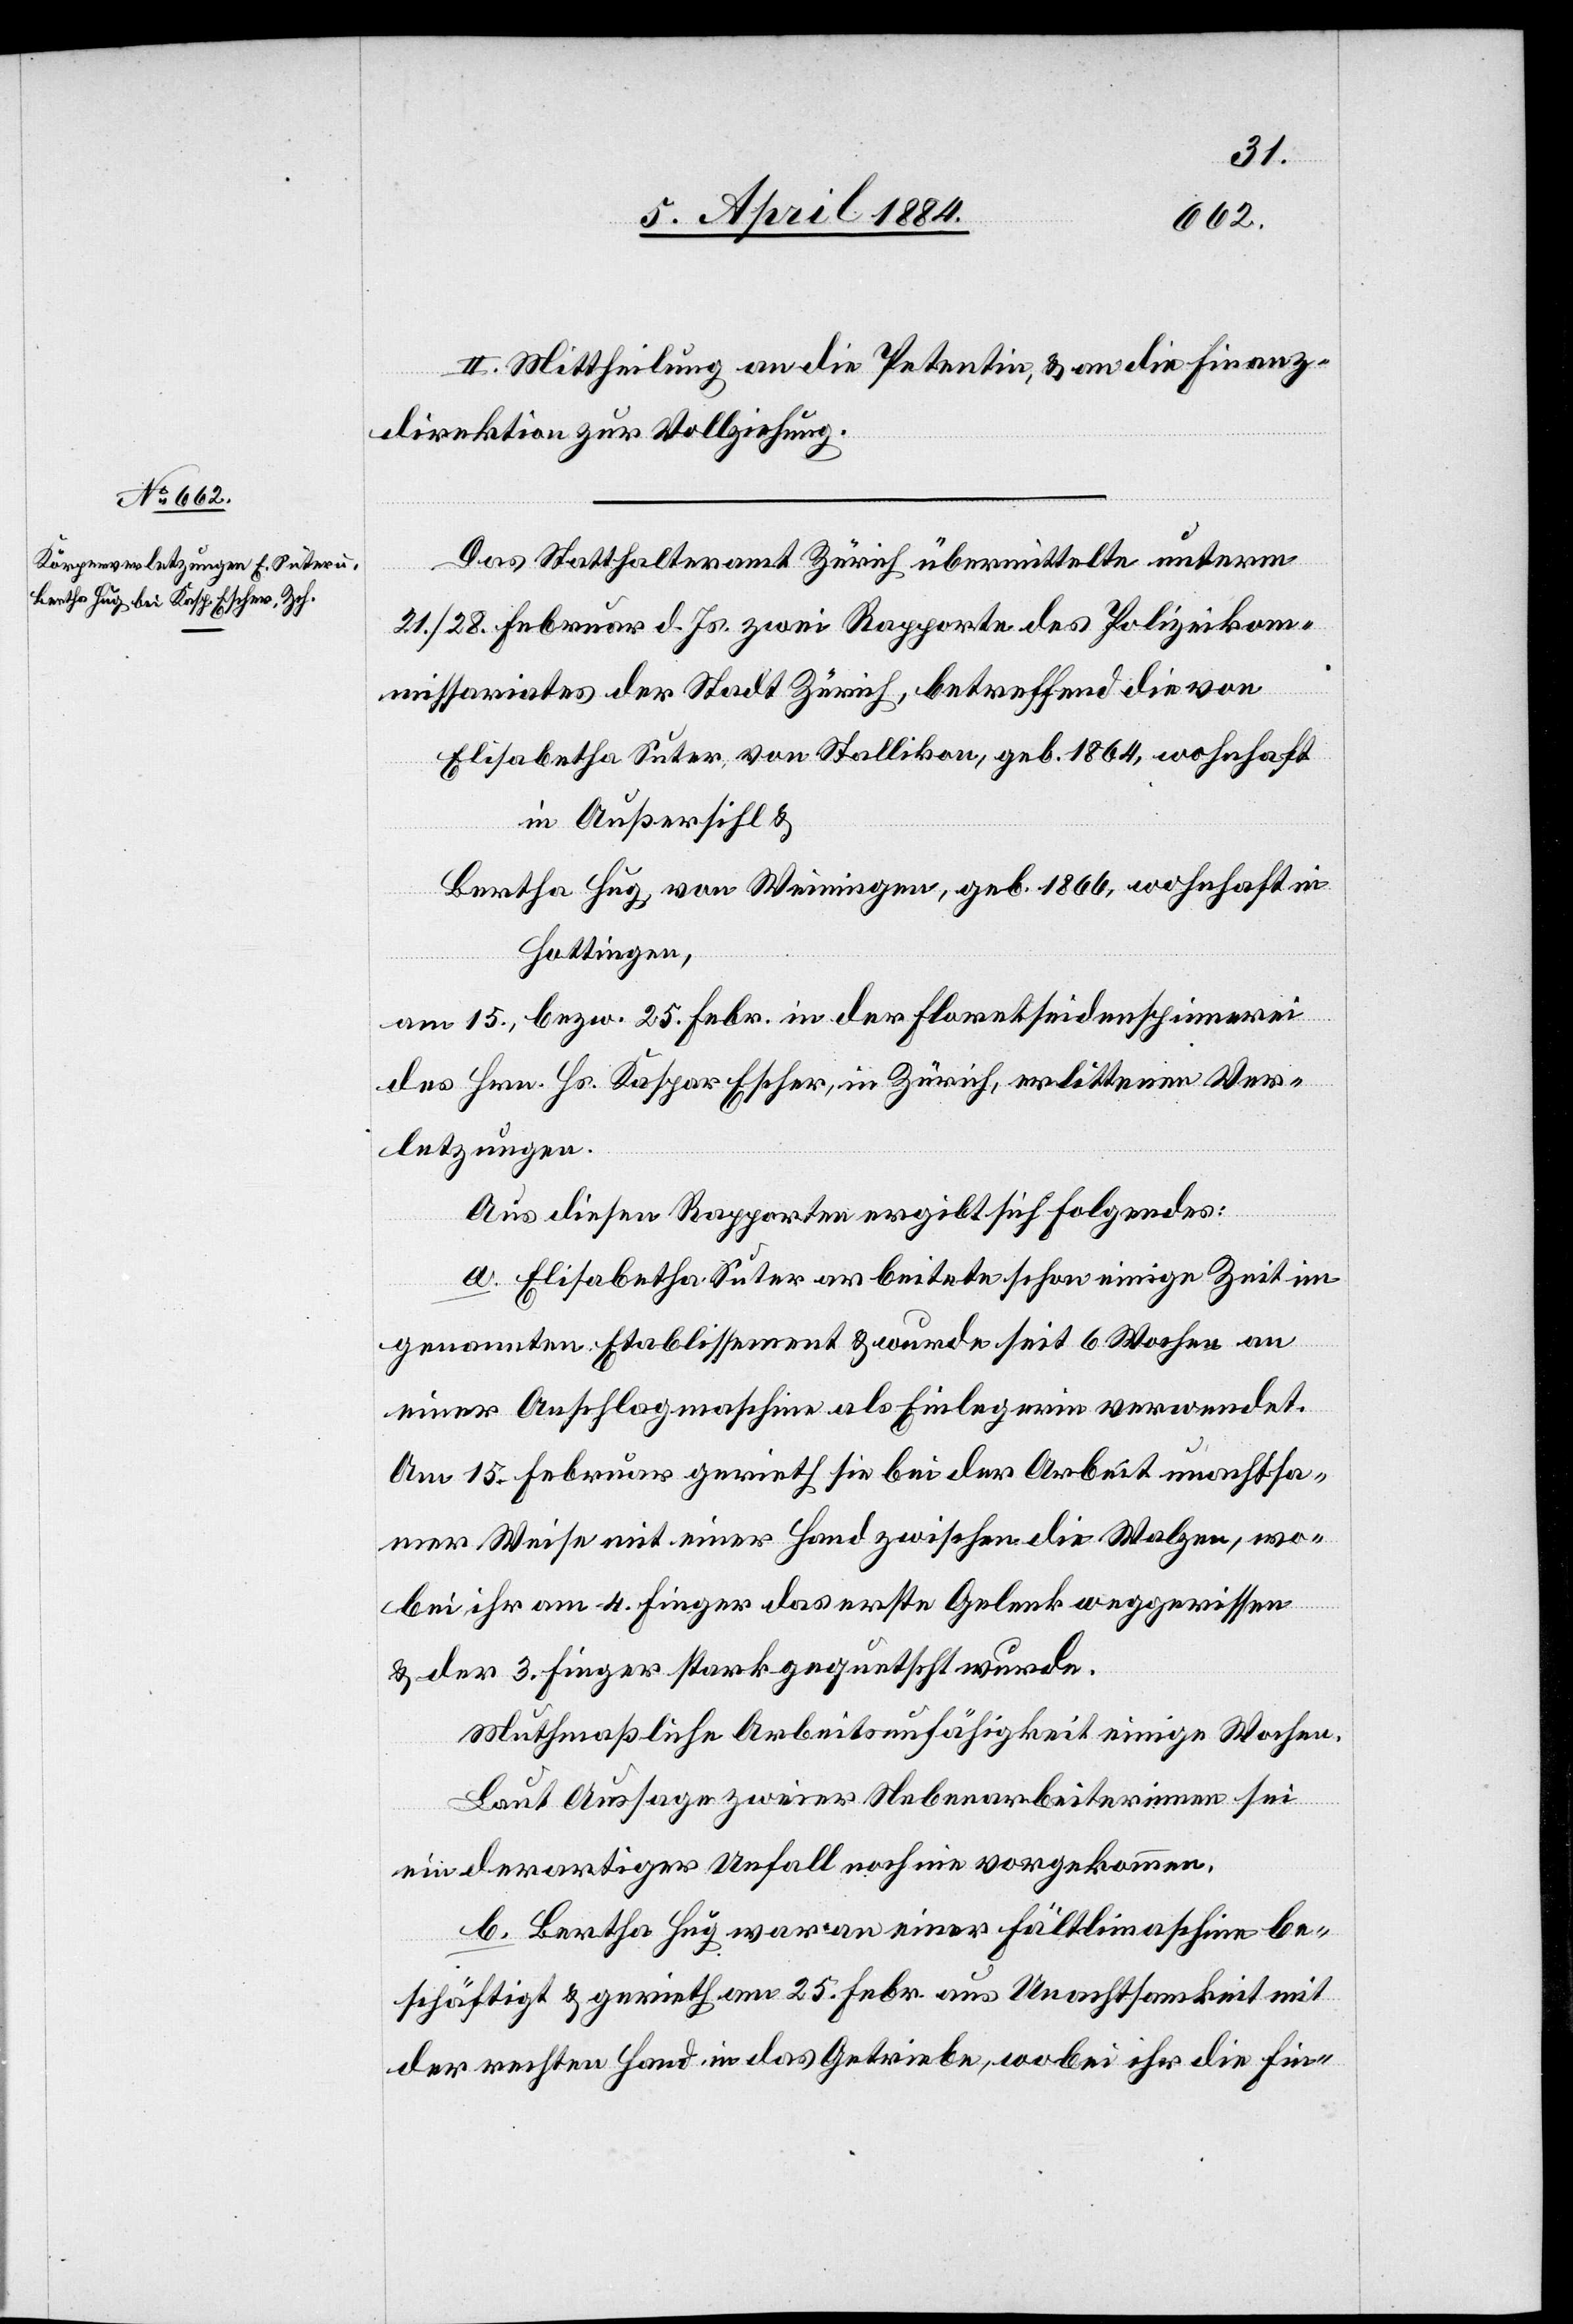
Das Statthalteramt Zürich übermittelte unterm
21./28. Februar d. Js. zwei Rapporte des Polizeikom¬
missariates der Stadt Zürich, betreffend die von
Elisabetha Suter, von Stallikon, geb. 1864, wohnhaft
in Außersihl &
Bertha Hug, von Weiningen, geb. 1866, wohnhaft in
Hottingen,
am 15., bezw. 25. Febr. in der Floretseidenspinnerei
des Hrn. Hs. Kaspar Escher, in Zürich, erlittene Ver¬
letzungen.
Aus diesen Rapporten ergibt sich folgendes:
a. Elisabetha Suter arbeitete schon einige Zeit im
genannten Etablissement & wurde seit 6 Wochen an
einer Anschlagmaschine als Einlegerin verwendet.
Am 15. Februar gerieth sie bei der Arbeit unachtsa¬
mer Weise mit einer Hand zwischen die Walzen, wo¬
bei ihr am 4. Finger das erste Gelenk weggerissen
& der 3. Finger stark gequetscht wurde.
Muthmaßliche Arbeitsunfähigkeit einige Wochen.
Laut Aussage zweier Nebenarbeiterinnen sei
ein derartiger Unfall noch nie vorgekommen.
b. Bertha Hug war an einer Fältlimaschine be¬
schäftigt & gerieth am 25. Febr. aus Unachtsamkeit mit
der rechten Hand in das Getriebe, wobei ihr die Fin-